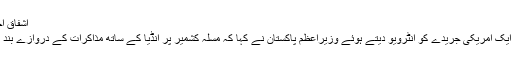
اشفاق احمد ایڈوکیٹ
گذشتہ دنوں ایک امریکی جریدے کو انٹرویو دیتے ہوئے وزیراعظم پاکستان نے کہا کہ مسلہ کشمیر پر انڈیا کے ساتھ مذاکرات کے دروازے بند ہوچکے ہیں۔